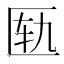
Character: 匦